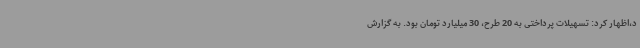
د،اظهار کرد: تسهیلات پرداختی به 20 طرح، 30 میلیارد تومان بود. به گزارش